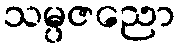
သမ္ပဇညော